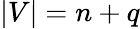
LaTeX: \lvert V\rvert=n+q